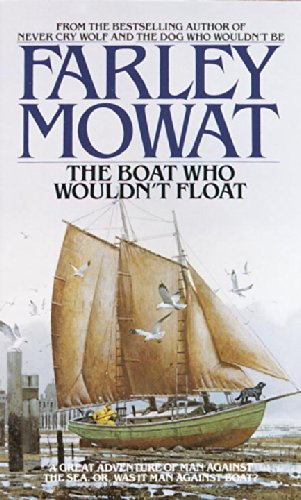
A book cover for The Boat Who Wouldn't Float; Farley Mowat; Literature & Fiction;